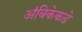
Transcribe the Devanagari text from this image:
अंबिकेकडे